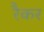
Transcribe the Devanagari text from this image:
रैकर